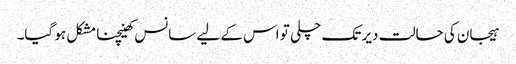
ہیجان کی حالت دیر تک چلی تو اس کے لیے سانس کھینچنا مشکل ہو گیا۔